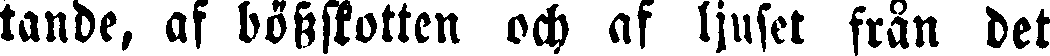
tande, af bösskotten och af ljuset från det